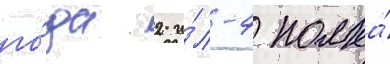
го́да 2 и́л-4 полка́